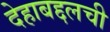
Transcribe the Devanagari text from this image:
देहाबद्दलची